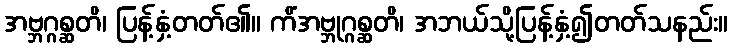
အဗ္ဘဂ္ဂစ္ဆတိ၊ ပြန့်နှံ့တတ်၏။ ကိံအဗ္ဘုဂ္ဂစ္ဆတိ၊ အဘယ်သို့ပြန့်နှံ့၍တတ်သနည်း။